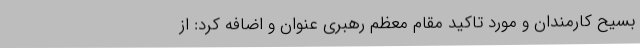
بسیح کارمندان و مورد تاکید مقام معظم رهبری عنوان و اضافه کرد: از